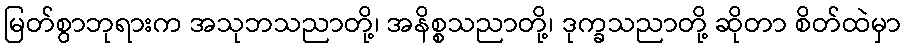
မြတ်စွာဘုရားက အသုဘသညာတို့၊ အနိစ္စသညာတို့၊ ဒုက္ခသညာတို့ ဆိုတာ စိတ်ထဲမှာ